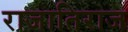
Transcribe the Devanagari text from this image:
राजातिराज